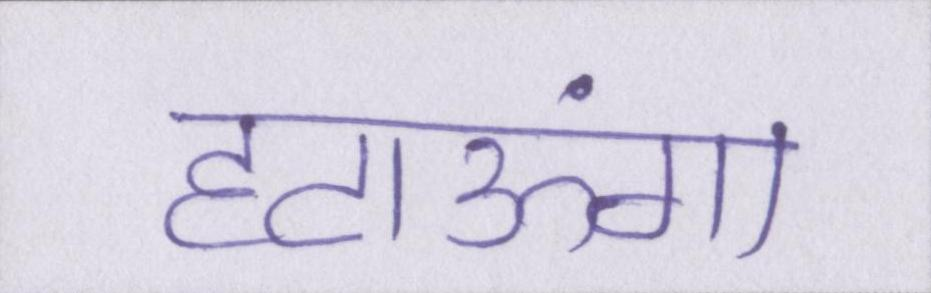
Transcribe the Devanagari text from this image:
हटाऊंगा